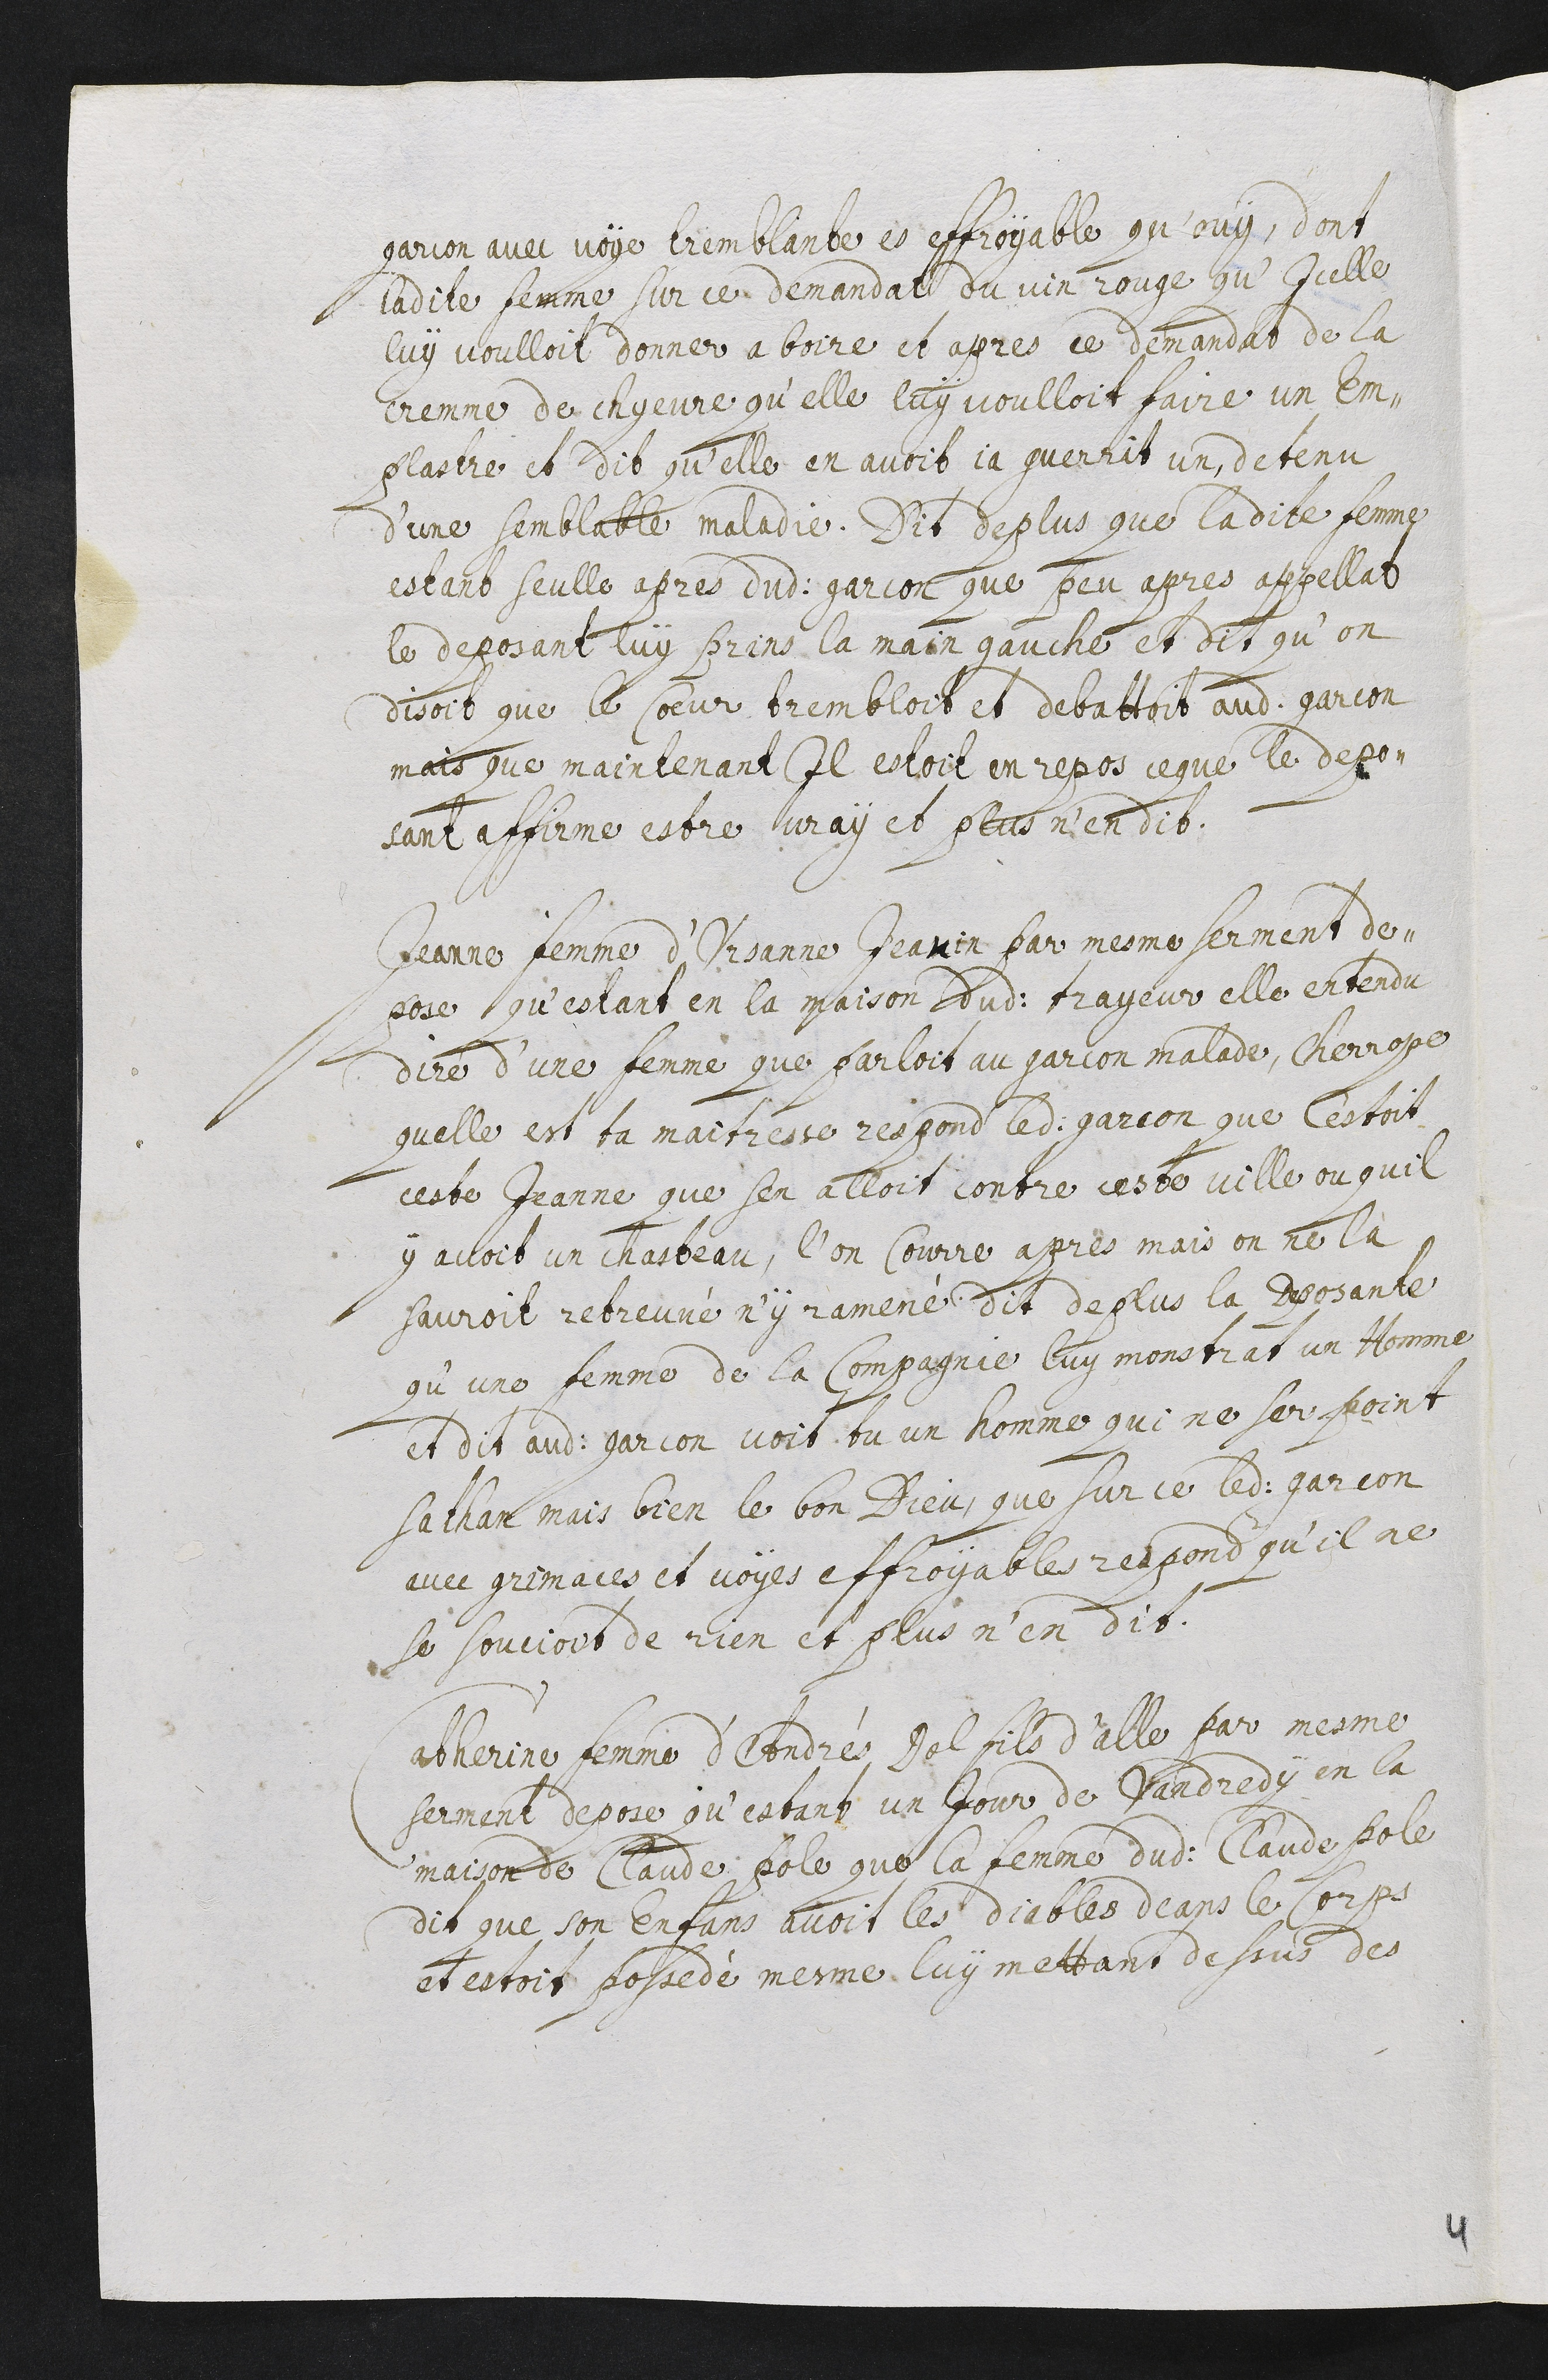
garcon avec voye tremblante et effroyable qu’ouy, dont
ladite femme sur ce demandat du vin rouge qu’icelle
luy voulloit donner a boire et apres ce, demandat de la
cremme de chyevre qu’elle luy voulloit faire un em-
plastre et dit qu’elle en avoit ja guerrit un, detenu
d’une semblable maladie. Dit de plus que ladite femme
estant seulle apres dud garcon que peu apres appellat
le deposant luy prins la main gauche et dit qu’on
disoit que le cœur tremboit et debattoit audit garcon
mais que maintenant il estoit en repos ce que le depo-
sant affirme estre vray et plus n’en dit.
Jeanne femme d’Ursanne Jeanin par mesme serment de-
pose qu’estant en la maison dudit trayeur elle entendu
dire qu’une femme que parloit au garcon malade, Cherrope
quelle est ta maitresse respond ledit garcon que c’estoit
ceste Jeanne que s’en alloit contre ceste ville ou qu’il
y avoit un chasteau, l’on courre apres mais on ne la
sauroit retreuvé n’y ramené. Dit de plus la deposante
qu’une femme de la compagnie luy monstrat un homme
et dit audit garcon voit tu un homme qui ne ser point
Sathan mais bien le bon Dieu, que sur ce ledit garcon
avec grimaces et voyes effroyable respond qu’il ne
se souvient de rien et plus n’en dit.
Catherine femme d’André Delfils d’Alle par mesme
serment depose qu’estant un jour de vendredy en la
maison de Claude Pole que la femme dudit Claude Pole
dit que son enfans avoir les diables deans le corps
et estoit possedé mesme luy mettant dessus des